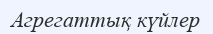
Агрегаттық күйлер